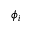
\phi _ { i }